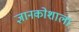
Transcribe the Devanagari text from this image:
ज्ञानकोशाला